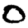
Digit: 0